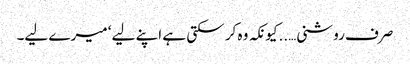
صرف روشنی…..کیونکہ وہ کر سکتی ہے اپنے لیے ‘ میرے لیے۔